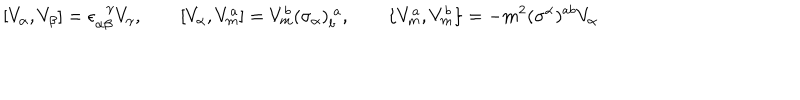
LaTeX: [ V _ { \alpha } , V _ { \beta } ] = \epsilon _ { \alpha \beta } ^ { \! \gamma } V _ { \gamma } , \qquad [ V _ { \alpha } , V _ { m } ^ { a } ] = V _ { m } ^ { b } ( \sigma _ { \alpha } ) _ { b } ^ { ~ a } , \qquad \{ V _ { m } ^ { a } , V _ { m } ^ { b } \} = - m ^ { 2 } ( \sigma ^ { \alpha } ) ^ { a b } V _ { \alpha }